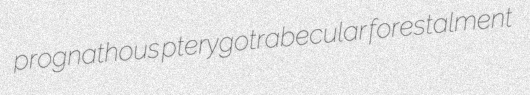
prognathous pterygotrabecular forestalment